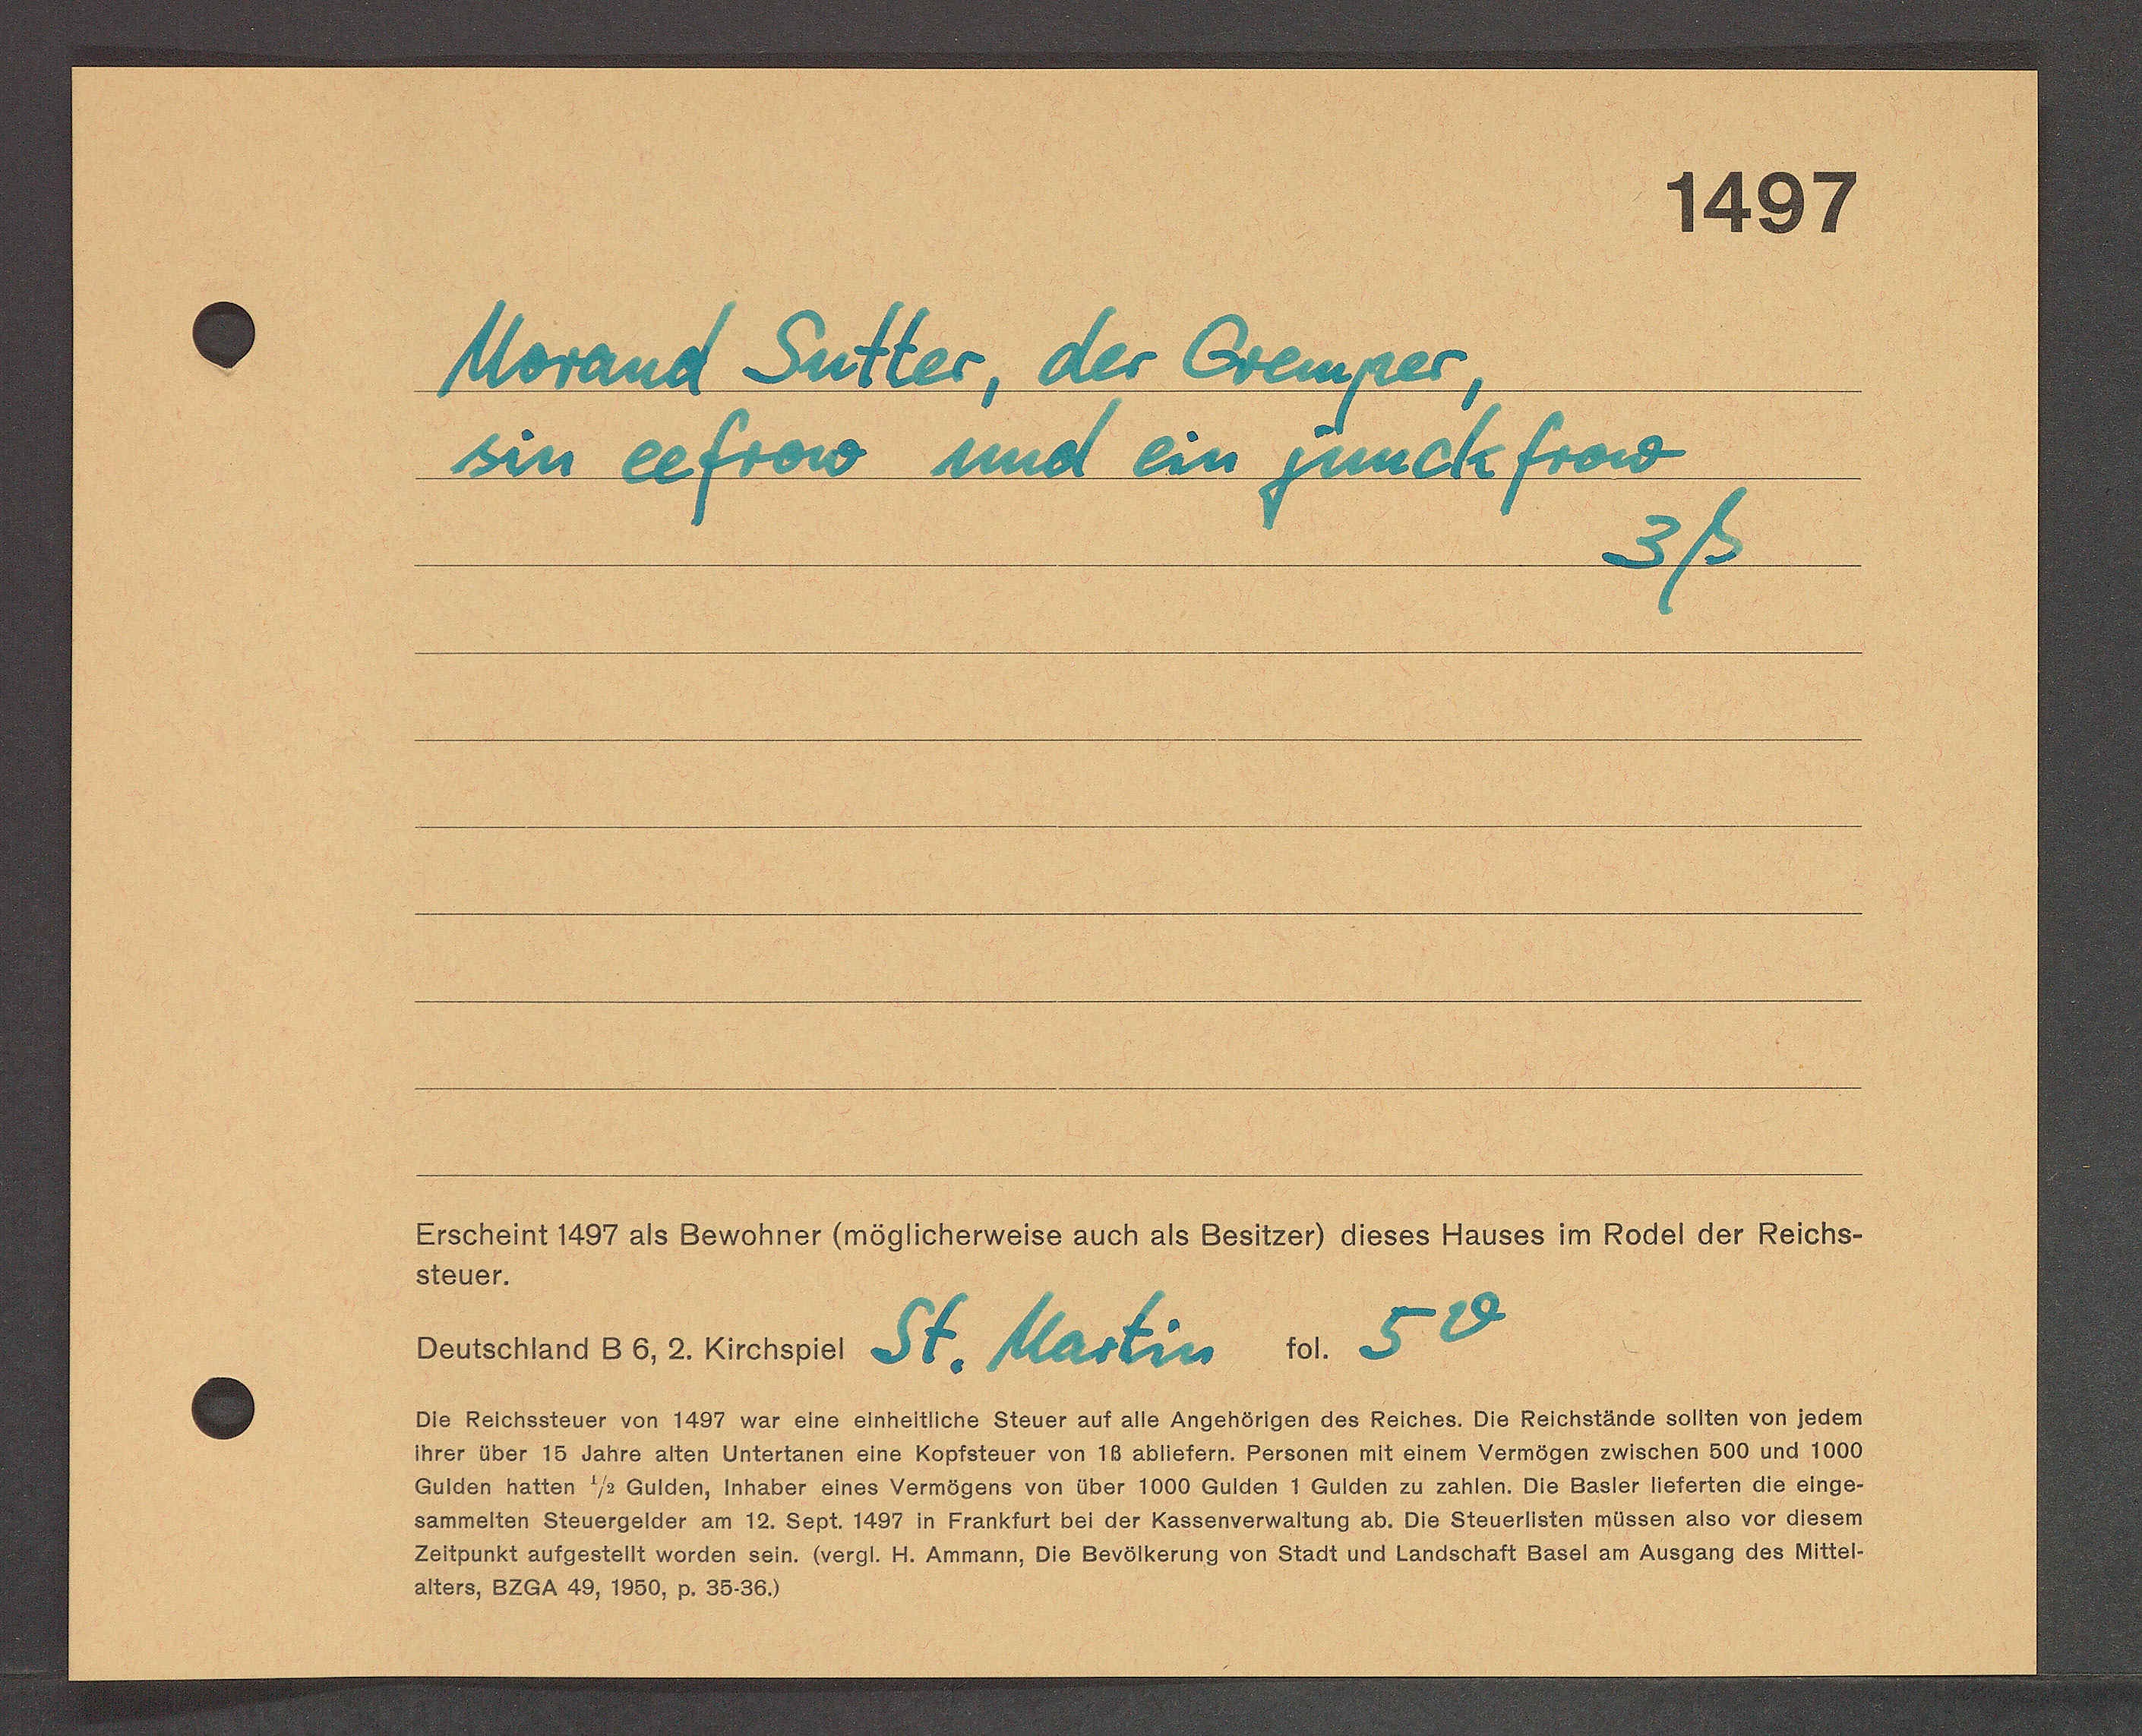
Transcript:
1497
Morand Sutter, der Gremper,
sin eefrow und ein junckfrow
3ß.
Erscheint 1497 als Bewohner (möglicherweise auch als Besitzer) dieses Hauses im Rodel der Reichs¬
steuer.
Deutschland B6, 2. Kirchspiel St. Martin fol 5v
Ote Reichssteuer von 1457 war eine einhettüiche Steuer auf alle Angehörigen des Reiches. Die Reichstande sollten von jedem
hrer über 15 Jahre alten Anterlanen eine Koptsteuer von 18 ablietern. Personen mit einem Vermegen zuischen 600 und 1000
Gulden hatten 73 Gulden, inhaber eines Vermögens von über 1000 Gulden 1 Gulden zu zahten. Ote Baster Meferten die einge¬
sammelten Steuergelder am 12. Sept. 1437 in Frankfurt bet der Rassenwverwattung ab. Oie Steuertsten mussen alse vor dlesem
Zettzunkt aufgestellt worden sein. Wergt.: Ht. Ammann, Oie Bevötherung von Stadt und landschaft Basel am Ausgang des Miltel¬
alters, O2aA 49, 1850, p. 3036)